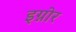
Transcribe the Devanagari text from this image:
इग्नोर